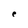
Character: e